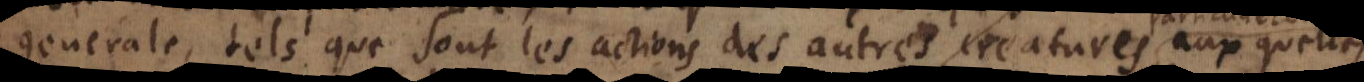
generale, tels que sont les actions des autres creatures, aux quelles